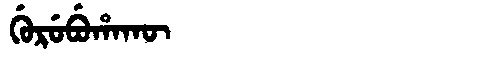
Manchu: ᡤᡠᡵᡠᠪᡠᡥᠠᡴᡡ
Romanization: GURUBUHAKŪ